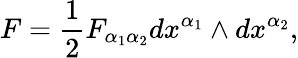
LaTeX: F=\frac{1}{2}F_{\alpha_{1}\alpha_{2}}dx^{\alpha_{1}}\wedge dx^{\alpha_{2}},